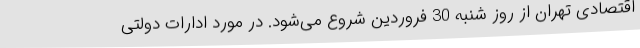
اقتصادی تهران از روز شنبه 30 فروردین شروع می‌شود. در مورد ادارات دولتی